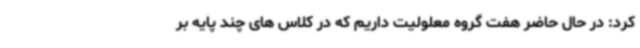
کرد: در حال حاضر هفت گروه معلولیت داریم که در کلاس های چند پایه بر